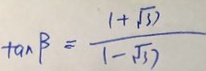
\tan \beta = \frac { 1 + \sqrt { 3 7 } } { 1 - \sqrt { 3 7 } }